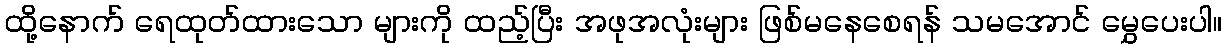
ထို့နောက် ရေထုတ်ထားသော များကို ထည့်ပြီး အဖုအလုံးများ ဖြစ်မနေစေရန် သမအောင် မွှေပေးပါ။